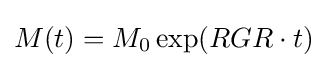
M(t)=M_{0}\exp(RGR\cdot t)